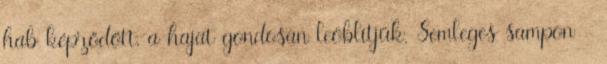
hab képződött, a hajat gondosan leöblítjük. Semleges sampon -